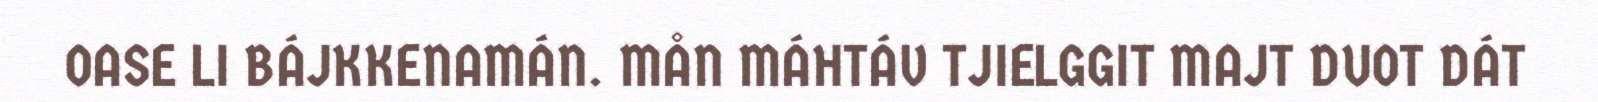
OASE LI BÁJKKENAMÁN. MÅN MÁHTÁV TJIELGGIT MAJT DUOT DÁT